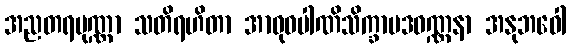
အညတရပုဏ္ဏာ သတိရဟိတာ အာဝုဓပါဏိသိက္ခာပဒဝဏ္ဏနာ အနုဘဝေါ